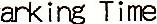
PARKING TIME